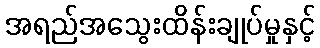
အရည်အသွေးထိန်းချုပ်မှုနှင့်